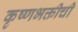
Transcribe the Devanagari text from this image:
कृष्णभक्तीची